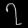
Digit: ၇